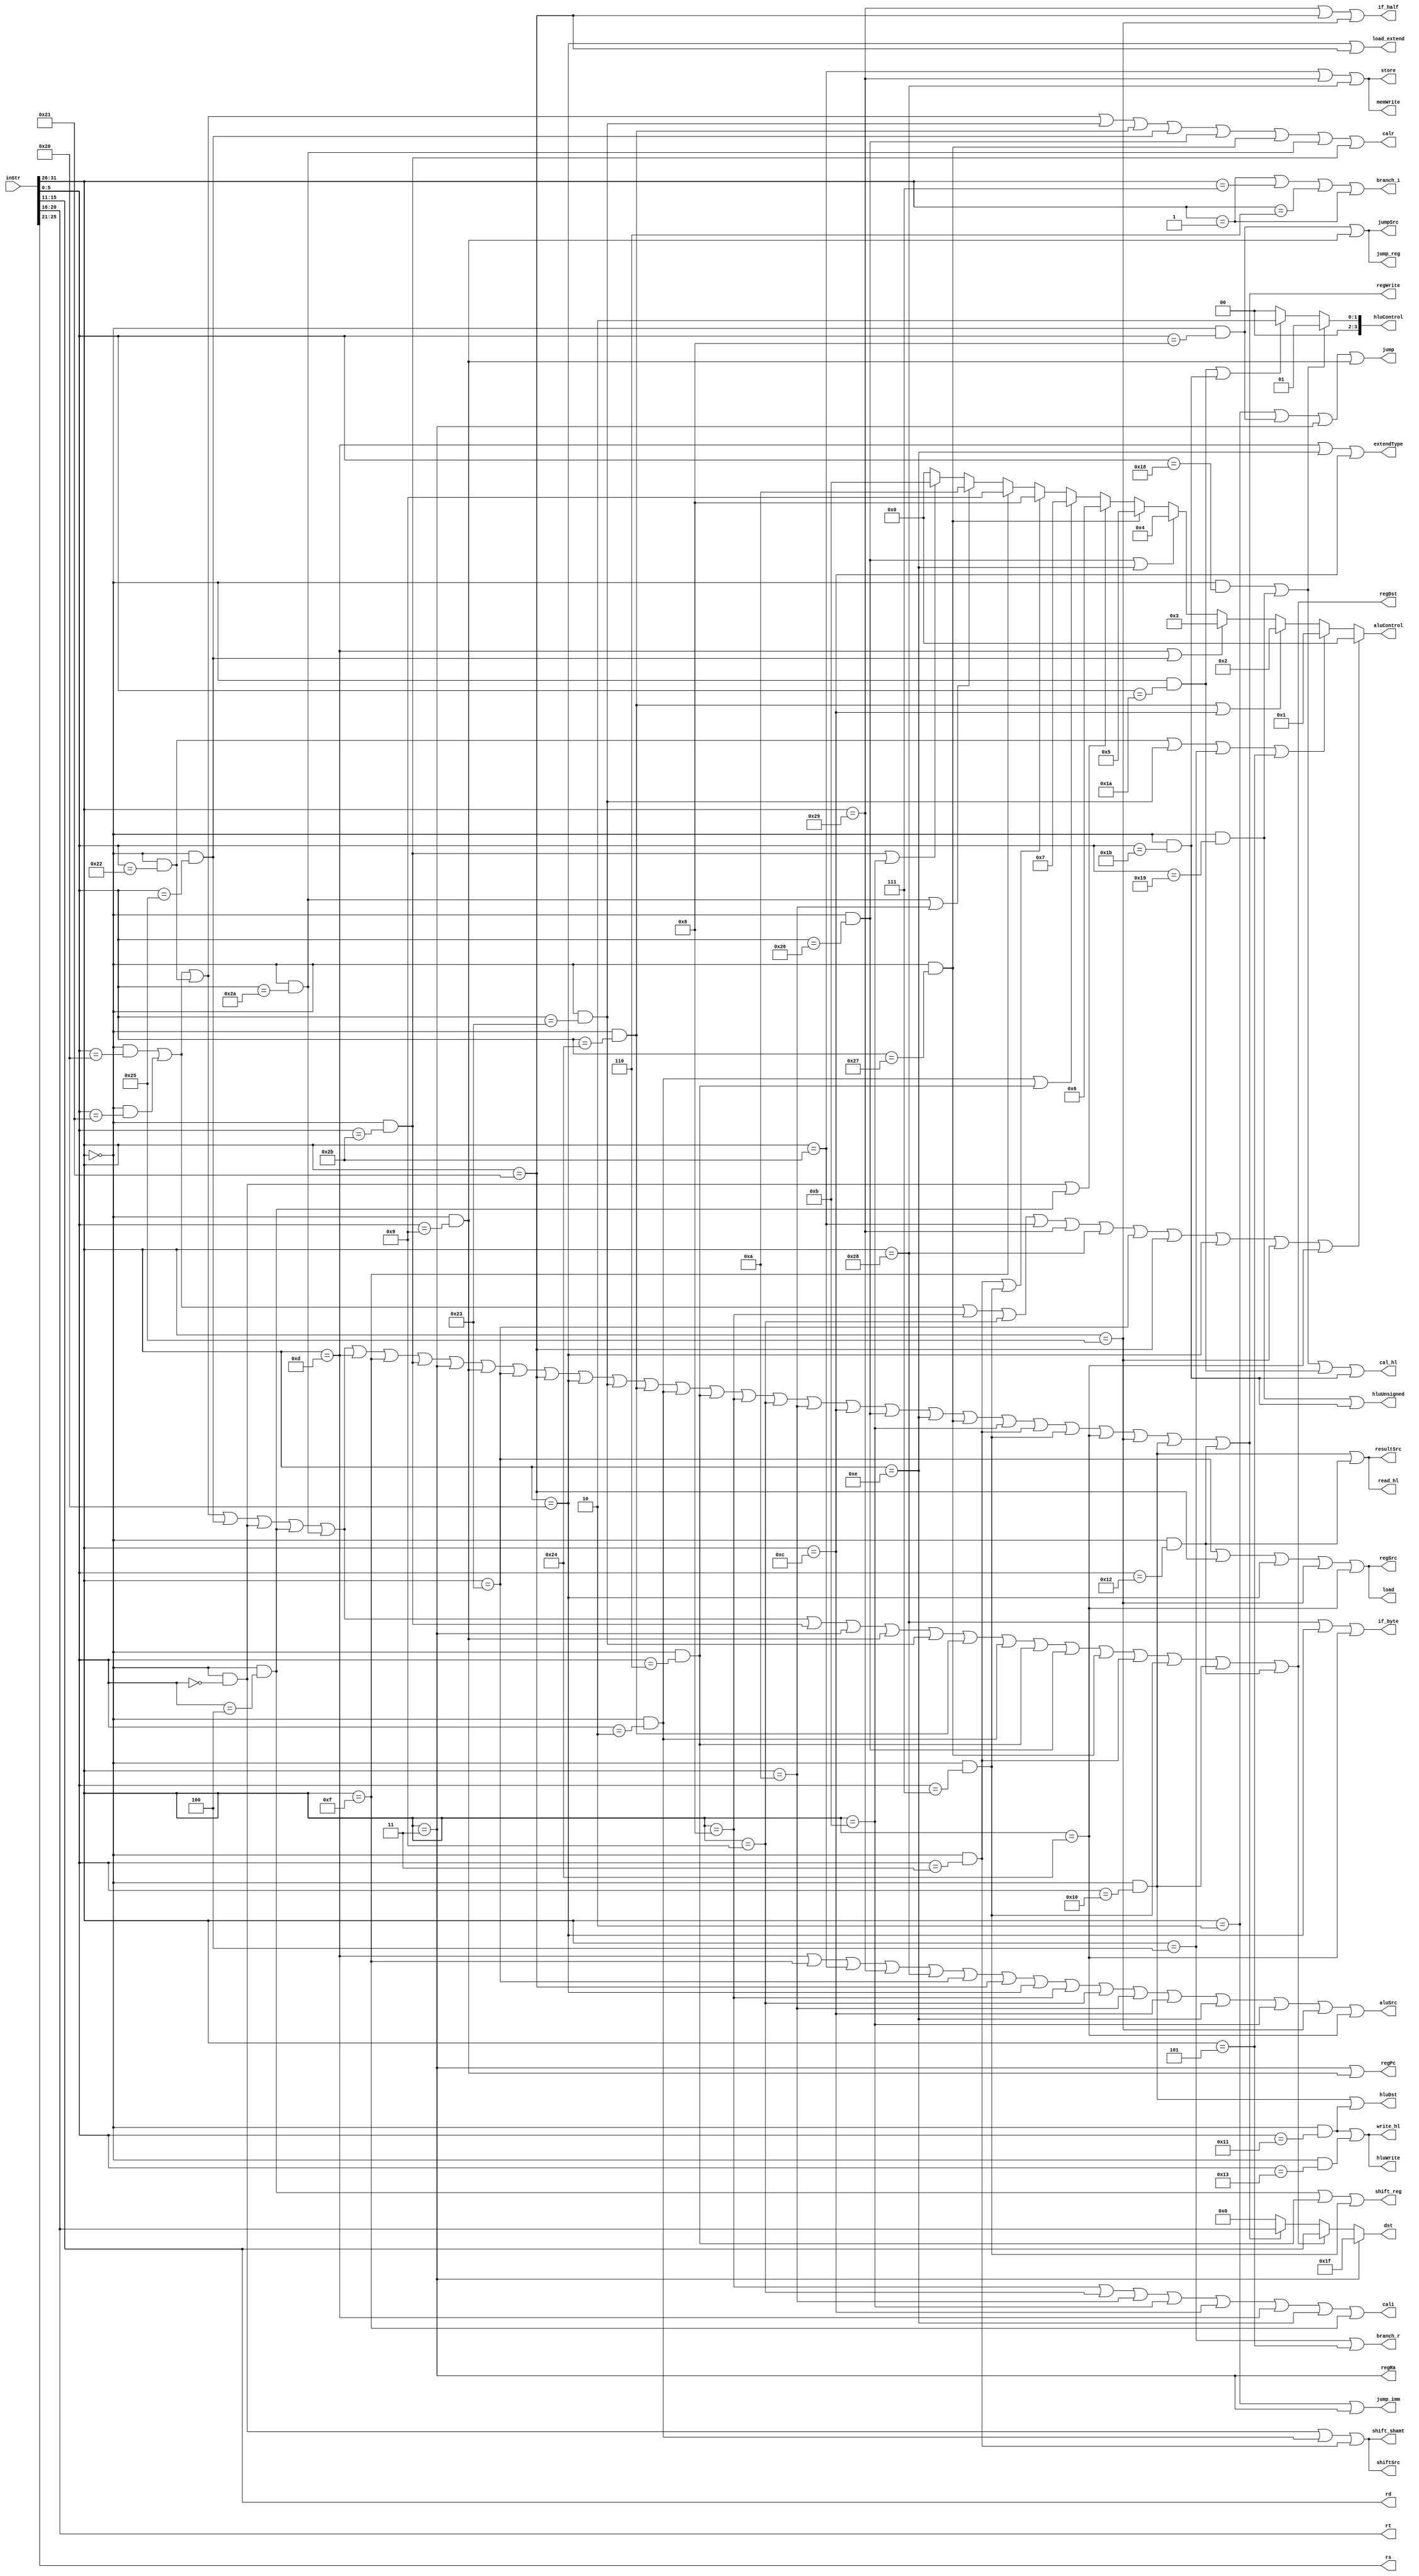
`timescale 1ns / 1ps

module ctrl(
    input [31:0] inStr,

    output regWrite,
    output regDst,
    output regRa,
    output regSrc,
    output regPc,
    output aluSrc,
    output extendType,
    output shiftSrc,
    output memWrite,
    output jump,
    output jumpSrc,
    output [3:0] aluControl,
    output if_byte,
    output if_half,
    output load_extend,

    output resultSrc,
    output hluDst,
    output hluWrite,
    output hluUnsigned,
    output [3:0] hluControl,

    output [4:0] rs,
    output [4:0] rt,
    output [4:0] rd,

    output [4:0] dst,
    output calr,
    output cali,
    output store,
    output load,
    output jump_imm,
    output jump_reg,
    output branch_r,
    output branch_i,
    output shift_reg,
    output shift_shamt,
    output cal_hl,
    output read_hl,
    output write_hl
    );

wire [5:0] op = inStr[31:26];
wire [5:0] func = inStr[5:0];
assign rd = inStr[15:11];
assign rt = inStr[20:16];
assign rs = inStr[25:21];

wire _add = (op==6'b000000) & (func==6'b100000);
wire _addu = (op==6'b000000) & (func==6'b100001);
wire _sub = (op==6'b000000) & (func==6'b100010);
wire _subu = (op==6'b000000) & (func==6'b100011);
wire _and = (op==6'b000000) & (func==6'b100100);
wire _or = (op==6'b000000) & (func==6'b100101);
wire _xor = (op==6'b000000) & (func==6'b100110);
wire _nor = (op==6'b000000) & (func==6'b100111);
wire _sll = (op==6'b000000) & (func==6'b000000);
wire _sllv = (op==6'b000000) & (func==6'b000100);
wire _srl = (op==6'b000000) & (func==6'b000010);
wire _srlv = (op==6'b000000) & (func==6'b000110);
wire _sra = (op==6'b000000) & (func==6'b000011);
wire _srav = (op==6'b000000) & (func==6'b000111);
wire _slt = (op==6'b000000) & (func==6'b101010);
wire _sltu = (op==6'b000000) & (func==6'b101011);
wire _jr = (op==6'b000000) & (func==6'b001000);
wire _jalr = (op==6'b000000) & (func==6'b001001);

wire _addi = op==6'b001000;
wire _addiu = op==6'b001001;
wire _slti = op==6'b001010;
wire _sltiu = op==6'b001011;
wire _andi = op==6'b001100;
wire _ori = op==6'b001101;
wire _xori = op==6'b001110;
wire _lui = op==6'b001111;
wire _beq = op==6'b000100;
wire _bne = op==6'b000101;
wire _bgez = op==6'b000001;
wire _bgtz = op==6'b000111;
wire _blez = op==6'b000110;
wire _bltz = op==6'b000001;
wire _j = op==6'b000010;
wire _jal = op==6'b000011;
wire _sw = op==6'b101011;
wire _sh = op==6'b101001;
wire _sb = op==6'b101000;
wire _lw = op==6'b100011;
wire _lh = op==6'b100001;
wire _lb = op==6'b100000;
wire _lbu = op==6'b100100;
wire _lhu = op==6'b100101;

wire _mfhi = (op==6'b000000) & (func==6'b010000);
wire _mflo = (op==6'b000000) & (func==6'b010010);
wire _mthi = (op==6'b000000) & (func==6'b010001);
wire _mtlo = (op==6'b000000) & (func==6'b010011);
wire _mult = (op==6'b000000) & (func==6'b011000);
wire _multu = (op==6'b000000) & (func==6'b011001);
wire _div = (op==6'b000000) & (func==6'b011010);
wire _divu = (op==6'b000000) & (func==6'b011011);

assign regWrite = _add | _addu | _sub | _or | _sll |
                  _sllv | _slt | _ori | _lui | _sltu |
                  _jal | _jalr | _lw | _lh | _lb | _subu |
                  _and | _srl | _srlv | _addi | _addiu |
                  _slti | _andi | _xor | _xori | _nor |
                  _sltiu | _sra | _srav | _lbu | _lhu |
                  _mfhi | _mflo;

assign regDst = _add | _addu | _sub | _or | _sll |
                _sllv | _slt | _sltu | _jal | _jalr |
                _subu | _and | _srl | _srlv | _xor |
                _nor | _sra | _srav | _mfhi | _mflo;

assign regRa = _jal;

assign regSrc = _lw | _lh | _lb | _lhu | _lbu;

assign regPc = _jal | _jalr;

assign aluSrc = _ori | _lui | _sw | _sh | _sb |
                _lw | _lh | _lb | _addi | _addiu |
                _slti | _andi | _xori | _sltiu |
                _lhu | _lbu;

assign extendType = _ori | _xori | _andi;

assign shiftSrc = _sll | _srl | _sra;

assign memWrite = _sw | _sh | _sb;

assign jump = _j | _jr | _jal | _jalr;

assign jumpSrc = _jr | _jalr;

assign if_byte = _sb | _lb | _lbu;

assign if_half = _sh | _lh | _lhu;

assign load_extend = _lb | _lh;

assign aluControl = (_add | _addu | _addi | _addiu |
                          _sw | _sh | _sb |
                          _lw | _lh | _lb | _lhu | _lbu) ? 4'b0000 :
                    (_sub | _subu | _beq | _bne) ? 4'b0001 :
                    (_and | _andi) ? 4'b0010 :
                    (_ori | _or) ? 4'b0011 :
                    (_xor | _xori) ? 4'b0100 :
                    (_nor) ? 4'b0101 :
                    (_sll | _sllv) ? 4'b0110 :
                    (_srl | _srlv) ? 4'b0111 :
                    (_sra | _srav) ? 4'b1000 :
                    (_lui) ? 4'b1001 :
                    (_slt | _slti) ? 4'b1010 :
                    (_sltu | _sltiu) ? 4'b1011 :
                    4'b0000;

assign resultSrc = _mfhi | _mflo;

assign hluDst = _mfhi | _mthi;

assign hluWrite = _mthi | _mtlo;

assign hluUnsigned = _multu | _divu;

assign hluControl = (_mult | _multu) ? 4'b0001 :
                    (_div | _divu) ? 4'b0010 :
                    4'b0000;

//------about flush------
//-----------------------

assign calr = _add | _addu | _sub | _subu | _and |
              _or | _xor | _nor | _slt | _sltu;

assign cali = _addi | _addiu | _slti | _sltiu | _andi |
              _ori | _xori | _lui;

assign store = _sw | _sh | _sb;

assign load = _lw | _lh | _lb | _lhu | _lbu;

assign jump_imm = _j | _jal;

assign jump_reg = _jr | _jalr;

assign branch_r = _beq | _bne;

assign branch_i = _bgez | _bgtz | _blez | _bltz;

assign shift_shamt = _sll | _srl | _sra;

assign shift_reg = _sllv | _srlv | _srav;

assign dst = regRa==1 ? 5'b11111 :
              regDst==1 ? rd :
              regWrite==1 ? rt  :
              5'b00000 ;

assign cal_hl = _mult | _multu | _div | _divu;

assign read_hl = _mfhi | _mflo;

assign write_hl = _mthi | _mtlo;

endmodule